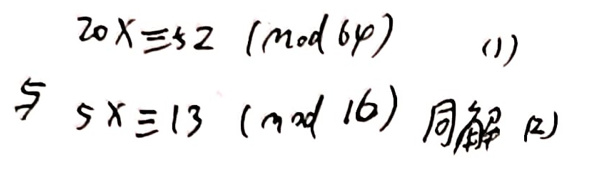
\(20x&\equiv52\pmod{64}&(1)\)\\
\(\Rightarrow 5x&\equiv13\pmod{16}&(2) \)同解